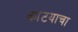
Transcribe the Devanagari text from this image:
कांटयाचा